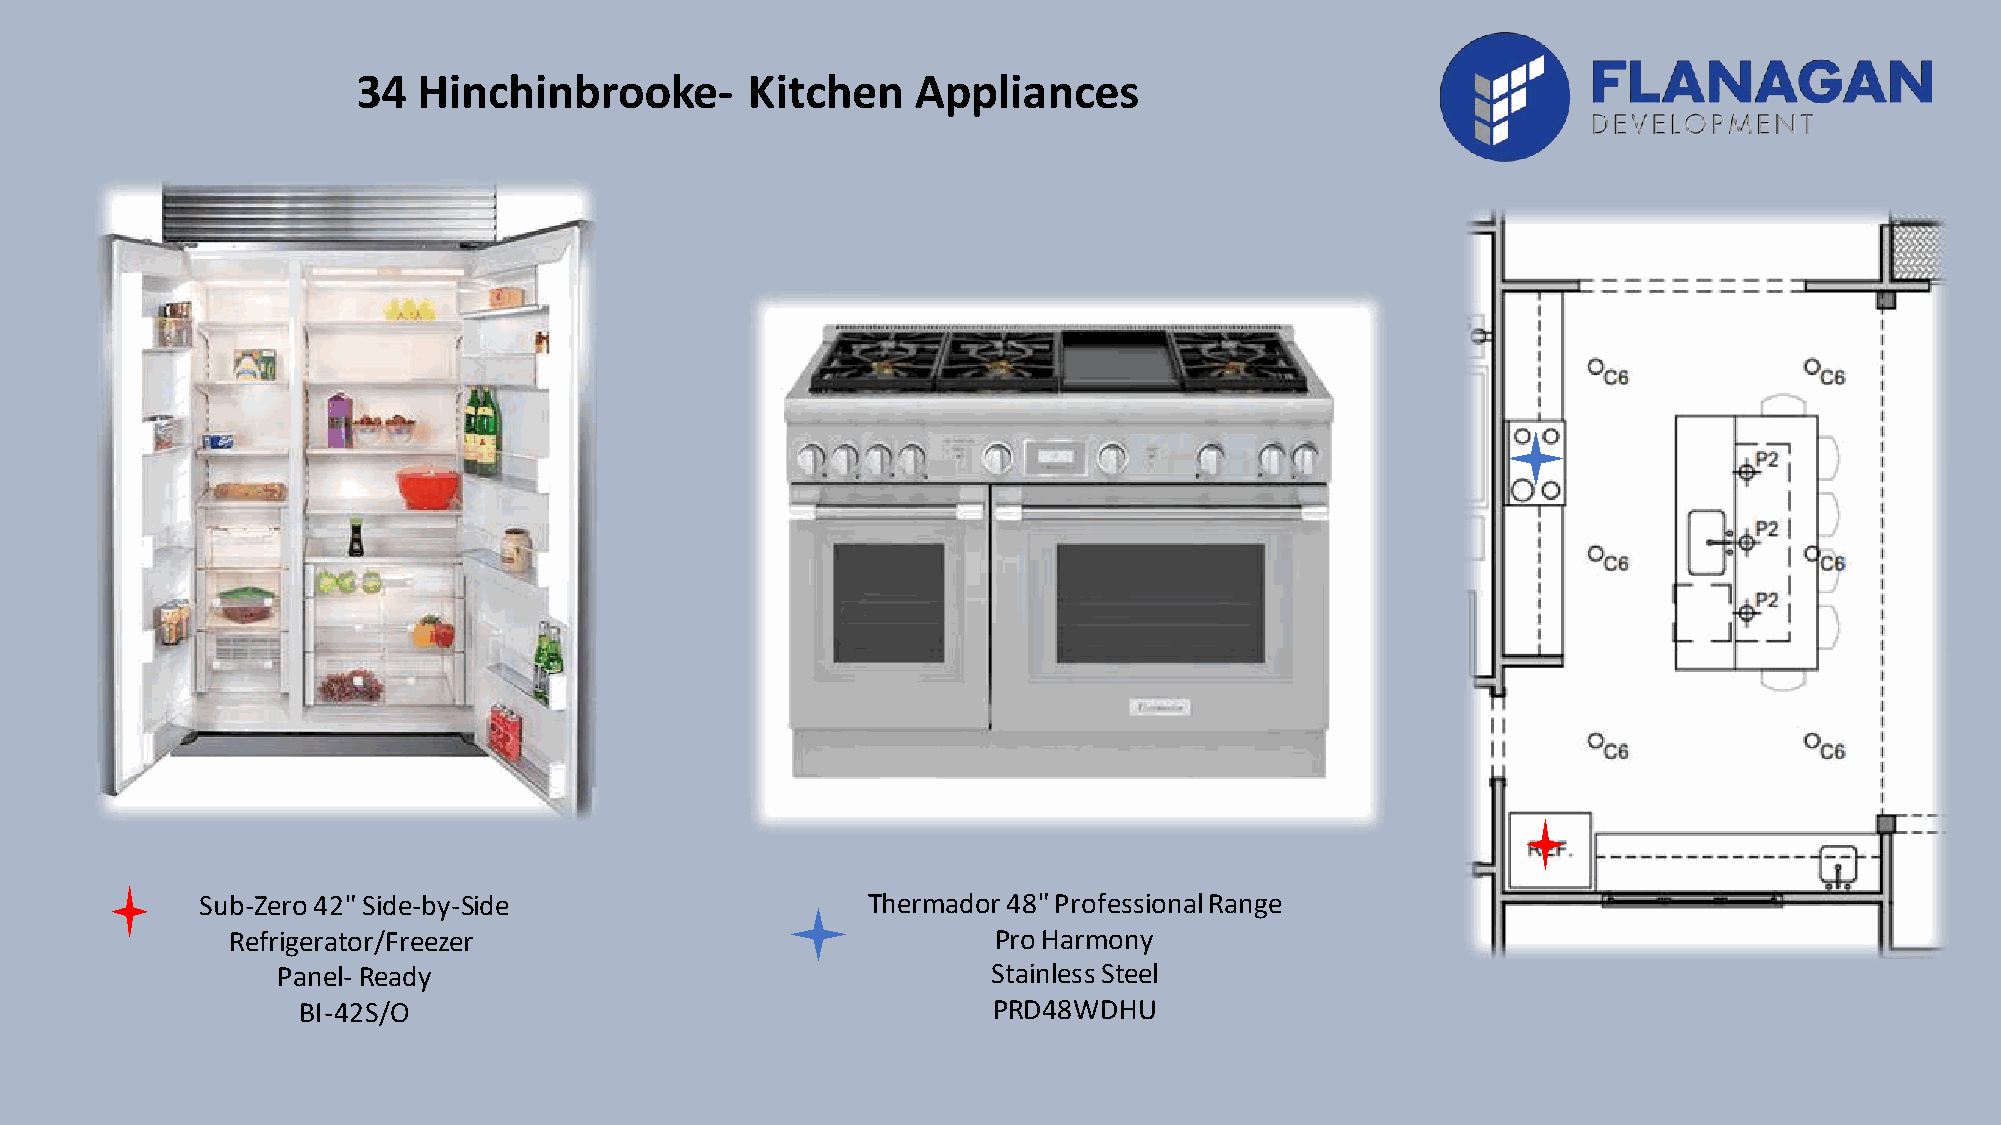
34  Hinchinbrooke-       Kitchen     Appliances
 Sub-Zero 42" Side-by-Side                   Thermador 48" Professional Range
 Refrigerator/Freezer                               Pro Harmony
 Panel- Ready                                    Stainless Steel
 BI-42S/O                                      PRD48WDHU